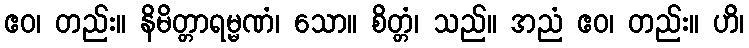
ဧဝ၊ တည်း။ နိမိတ္တာရမ္မဏံ၊ သော။ စိတ္တံ၊ သည်။ အညံ ဧဝ၊ တည်း။ ဟိ၊